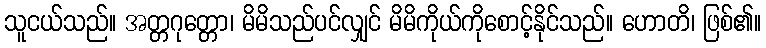
သူငယ်သည်။ အတ္တဂုတ္တော၊ မိမိသည်ပင်လျှင် မိမိကိုယ်ကိုစောင့်နိုင်သည်။ ဟောတိ၊ ဖြစ်၏။